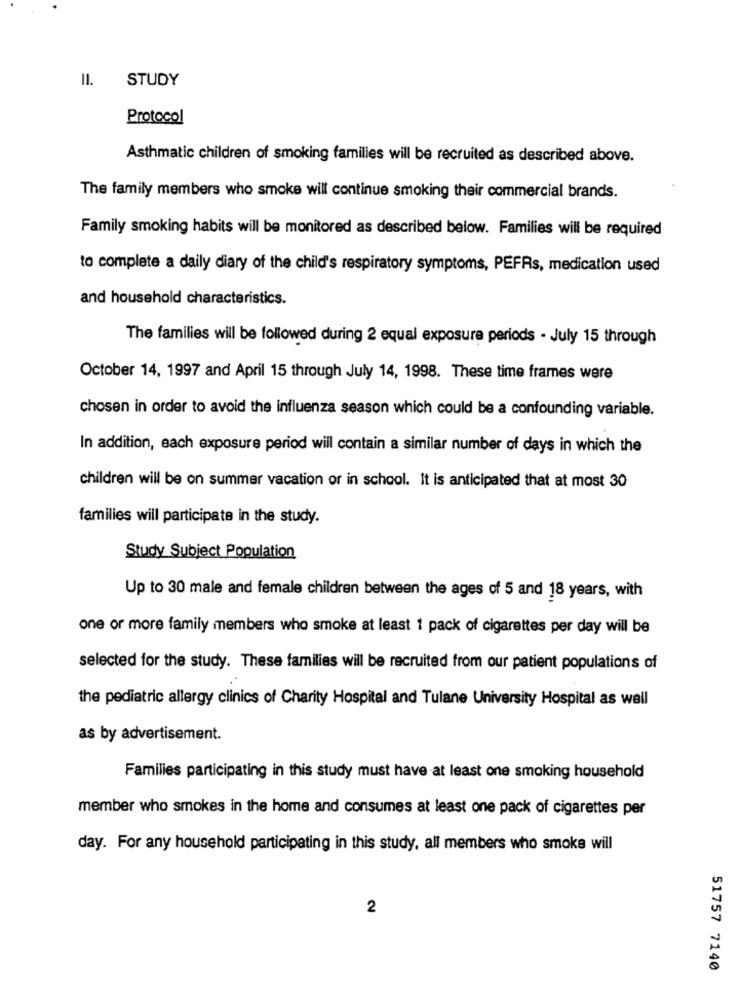
II. STUDY
Protocol
Asthmatic children of smoking families will be recruited as described above.
The family members who smoke will continue smoking their commercial brands.
Family smoking habits will be monitored as described below. Families will be required
to complete a daily diary of the child's respiratory symptoms, PEFRs, medication used
and household characteristics.
The families will be followed during 2 equal exposure periods - July 15 through
October 14, 1997 and April 15 through July 14, 1998. These time frames were
chosen in order to avoid the influenza season which could be a confounding variable.
In addition, each exposure period will contain a similar number of days in which the
children will be on summer vacation or in school. It is anticipated that at most 30
families will participate in the study.
Study Subject Population
Up to 30 male and female children between the ages of 5 and 18 years, with
one or more family members who smoke at least 1 pack of cigarettes per day will be
selected for the study. These families will be recruited from our patient populations of
the pediatric allergy clinics of Charity Hospital and Tulane University Hospital as well
as by advertisement.
Families participating in this study must have at least one smoking household
member who smokes in the home and consumes at least one pack of cigarettes per
day. For any household participating in this study, all members who smoke will
2
51757 7140